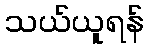
သယ်ယူရန်